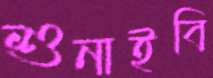
শুনাইবি